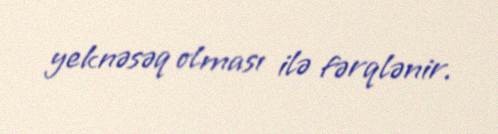
yeknəsəq olması ilə fərqlənir.